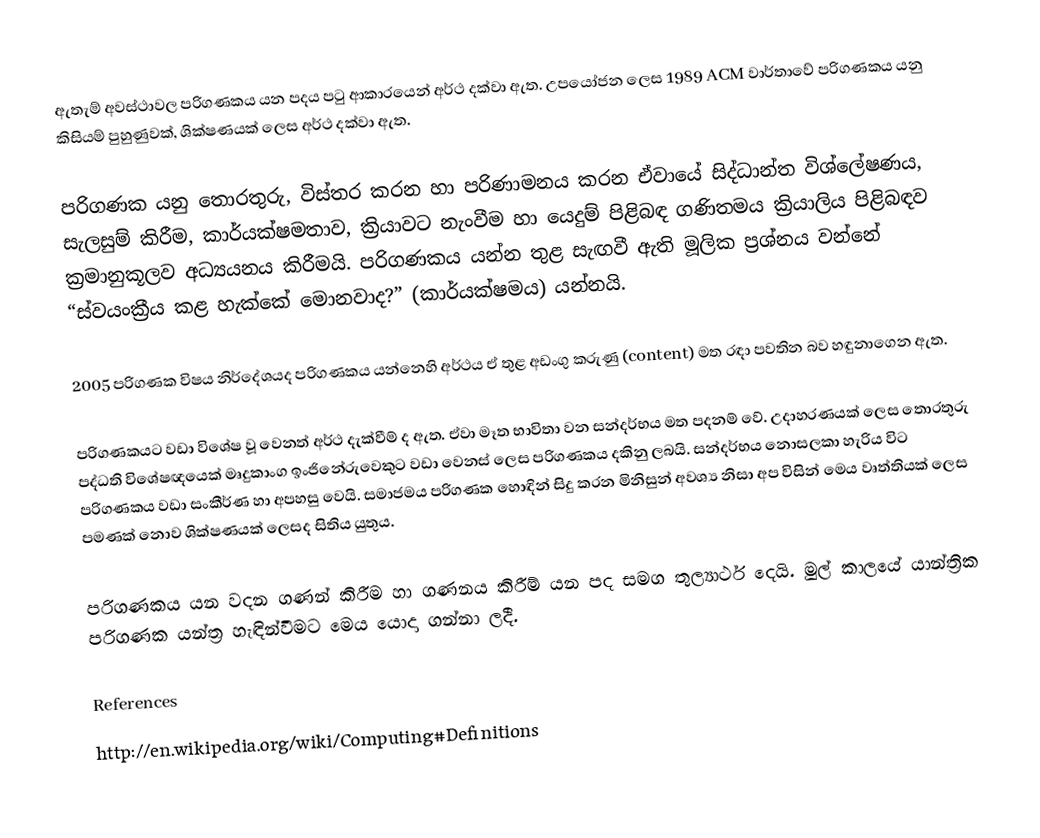
ඇතැම් අවස්ථාවල පරිගණකය යන පදය පටු ආකාරයෙන් අර්ථ දක්වා ඇත. උපයෝජන ලෙස 1989 ACM වාර්තාවේ පරිගණකය යනු කිසියම් පුහුණුවක්, ශික්ෂණයක් ලෙස අර්ථ දක්වා ඇත.

පරිගණක යනු තොරතුරු, විස්තර කරන හා පරිණාමනය කරන ඒවායේ සිද්ධාන්ත විශ්ලේෂණය, සැලසුම් කිරීම, කාර්යක්ෂමතාව, ක්‍රියාවට නැංවීම හා යෙදුම් පිළිබඳ ගණිතමය ක්‍රියාලිය පිළිබඳව ක්‍රමානුකූලව අධ්‍යයනය කිරීමයි. පරිගණකය යන්න තුළ සැඟවී ඇති මූලික ප්‍රශ්නය වන්නේ “ස්වයංක්‍රීය කළ හැක්කේ මොනවාද?” (කාර්යක්ෂමය) යන්නයි.

2005 පරිගණක විෂය නිර්දේශයද පරිගණකය යන්නෙහි අර්ථය ඒ තුළ අඩංගු කරුණු (content) මත රඳා පවතින බව හඳුනාගෙන ඇත.

පරිගණකයට වඩා විශේෂ වූ වෙනත් අර්ථ දැක්වීම් ද ඇත. ඒවා මෑත භාවිතා වන සන්දර්භය මත පදනම් වේ. උදාහරණයක් ලෙස තොරතුරු පද්ධති විශේෂඥයෙක් මෘදුකාංග ඉංජිනේරුවෙකුට වඩා වෙනස් ලෙස පරිගණකය දකිනු ලබයි. සන්දර්භය නොසලකා හැරිය විට පරිගණකය වඩා සංකීර්ණ හා අපහසු වෙයි. සමාජමය පරිගණක හොඳින් සිදු කරන මිනිසුන් අවශ්‍ය නිසා අප විසින් මෙය වෘත්තියක් ලෙස පමණක් නොව ශික්ෂණයක් ලෙසද සිතිය යුතුය.

පරිගණකය යන වදන ගණන් කිරීම හා ගණනය කිරීම් යන පද සමග තුල්‍යාර්ථ දෙයි. මුල් කාලයේ යාන්ත්‍රික පරිගණක යන්ත්‍ර හැඳින්වීමට මෙය යොදා ගන්නා ලදී.

References
http://en.wikipedia.org/wiki/Computing#Definitions